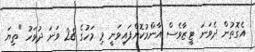
އެގޮތުން ދެވަނަ ޓީޒާވެސް އާންމުކޮށްފައިވަނީ މި މަހުގެ 28 ވަނަ ދުވަހު "ތިޔަ